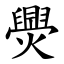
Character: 爂